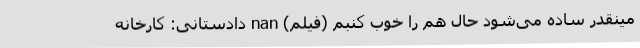
مینقدر ساده می‌شود حال هم را خوب کنبم (فیلم) nan دادستانی: کارخانه